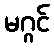
မဂ္ဂင်